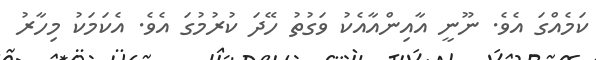
ކަމެއްގަ އެވެ. ނޫނީ އާއިންއާއެކު ވަގުތު ހޭދަ ކުރުމުގަ އެވެ. އެކަމަކު މިހާރު